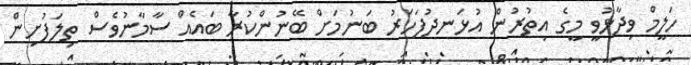
ހަލީމް ވިދާޅުވީ މީގެ އިތުރުން އުޅަނދުފަހަރު ބަނުމަށް ބޭނުންކުރާ ބައެއް ސާމާނުވެސް ތިލަފުށިން